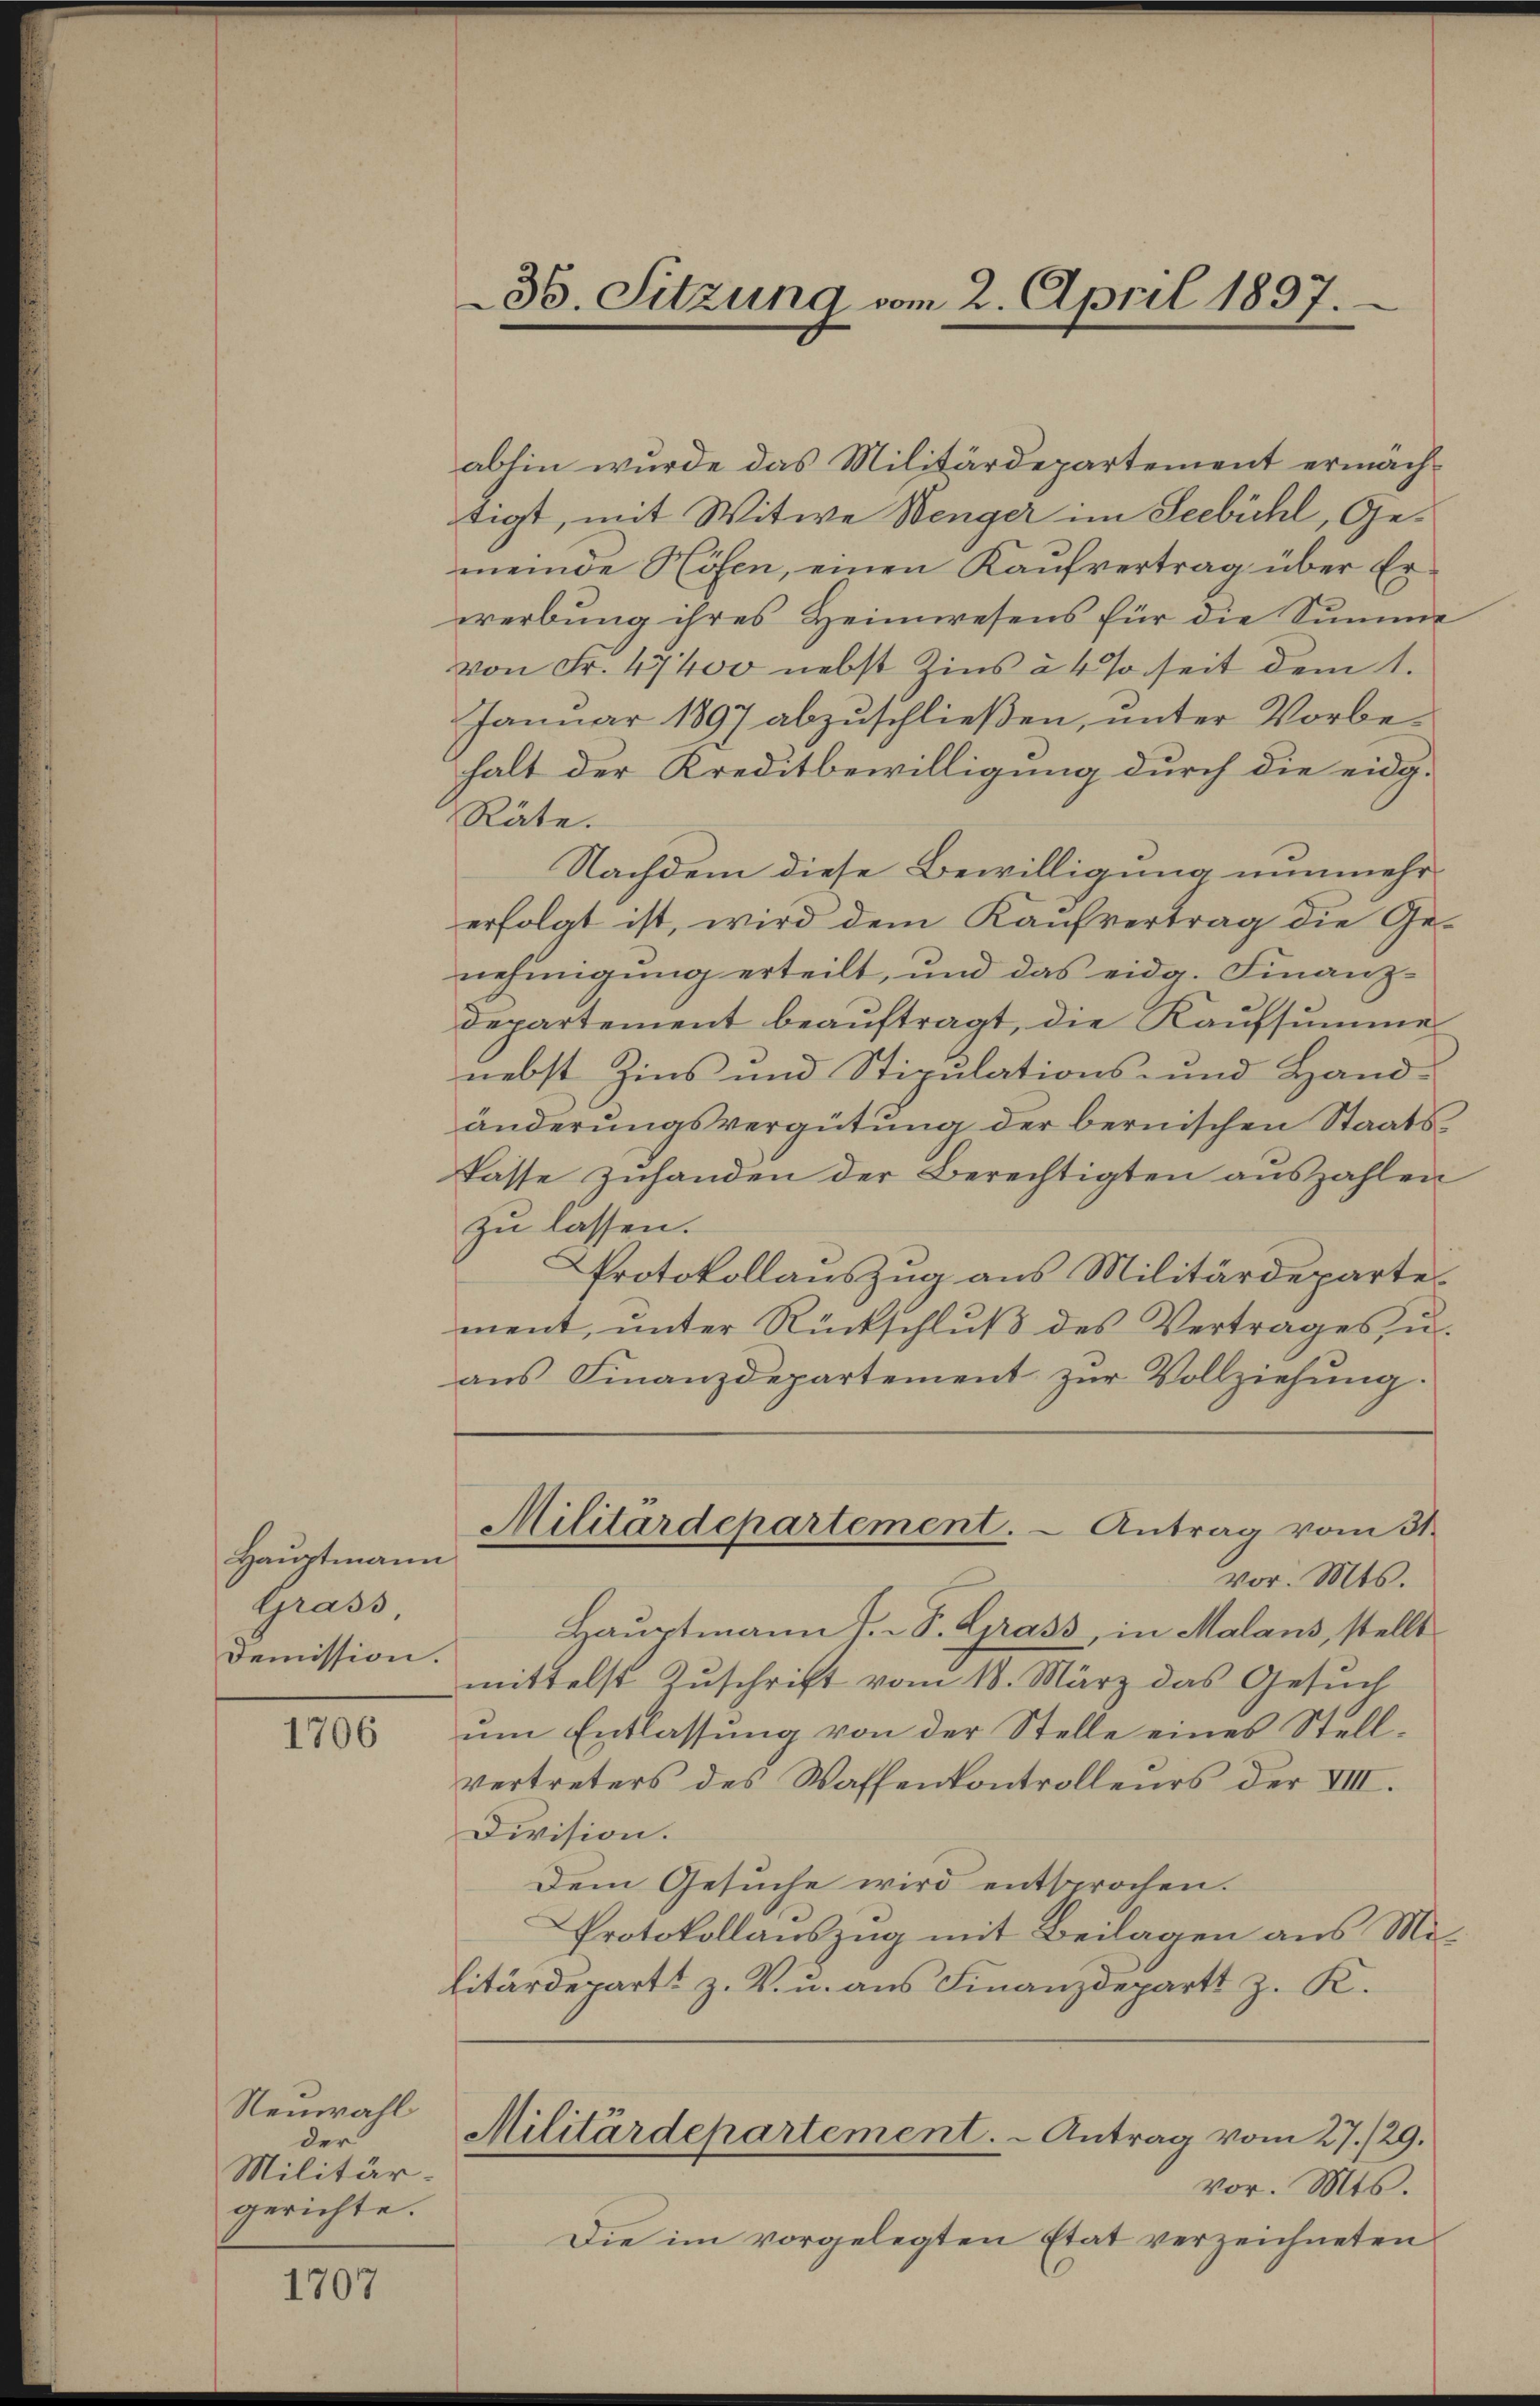
Hauptmann
Grass
Demission.

1706

Neuwahl
der
Militär-
gerichte.

1707

36. Sitzung vom 2. April 1897.

abhin wurde das Militärdepartement ermächtigt, mit Witwe Wenger im Seebühl, Gemeinde Höfen, einen Kaŭfvertrag über Erwerbung ihres Heimwesens für die Summe
von Fr. 47400 nebst Zins à 4 so seit dem 1.
Januar 1897 abzuschließen, unter Vorbehalt der Kreditbewilligung durch die eidg.
Räte.
Nachdem diese Bewilligung nunmehr
erfolgt ist, wird dem Kaufvertrag die Genehmigung erteilt, und das eidg. Finanzdepartement beauftragt, die Kaufsumme
nebst Zins und Stipulations- und Handänderungsvergütung der bernischen Staatskasse zŭhanden der Berechtigten aŭszahlen
zu lassen.
Protokollauszug aus Militärdeparte
ment, unter Rückschluß des Vertrages u.
aus Finanzdepartement zur Vollziehung:
Militärdepartement. - Antrag vom 31.
vor. Mts.
Hauptmann J. P. Grass, in Malans, stellt
mittelst Zuschrift vom 18. März das Gesuch
um Entlassung von der Stelle eines Stellvertreters des Waffenkontrolleurs der VIII.
Division.
Dem Gesuche wird entsprochen.
Protokollauszug mit Beilagen aus Militärdepart z. V. u. aus Finanzdepart z. K.
Militärdepartement. - Antrag vom 27./29.
vor. Mts.
Die im vorgelegten Etat verzeichneten